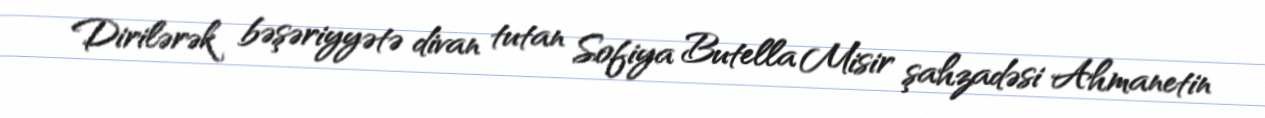
Dirilərək bəşəriyyətə divan tutan Sofiya Butella Misir şahzadəsi Ahmanetin